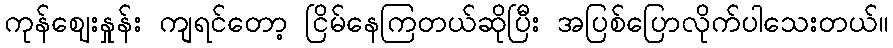
ကုန်ဈေးနှုန်း ကျရင်တော့ ငြိမ်နေကြတယ်ဆိုပြီး အပြစ်ပြောလိုက်ပါသေးတယ်။